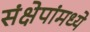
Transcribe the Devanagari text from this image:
संक्षेपांमध्ये